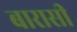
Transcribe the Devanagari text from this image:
बारासी